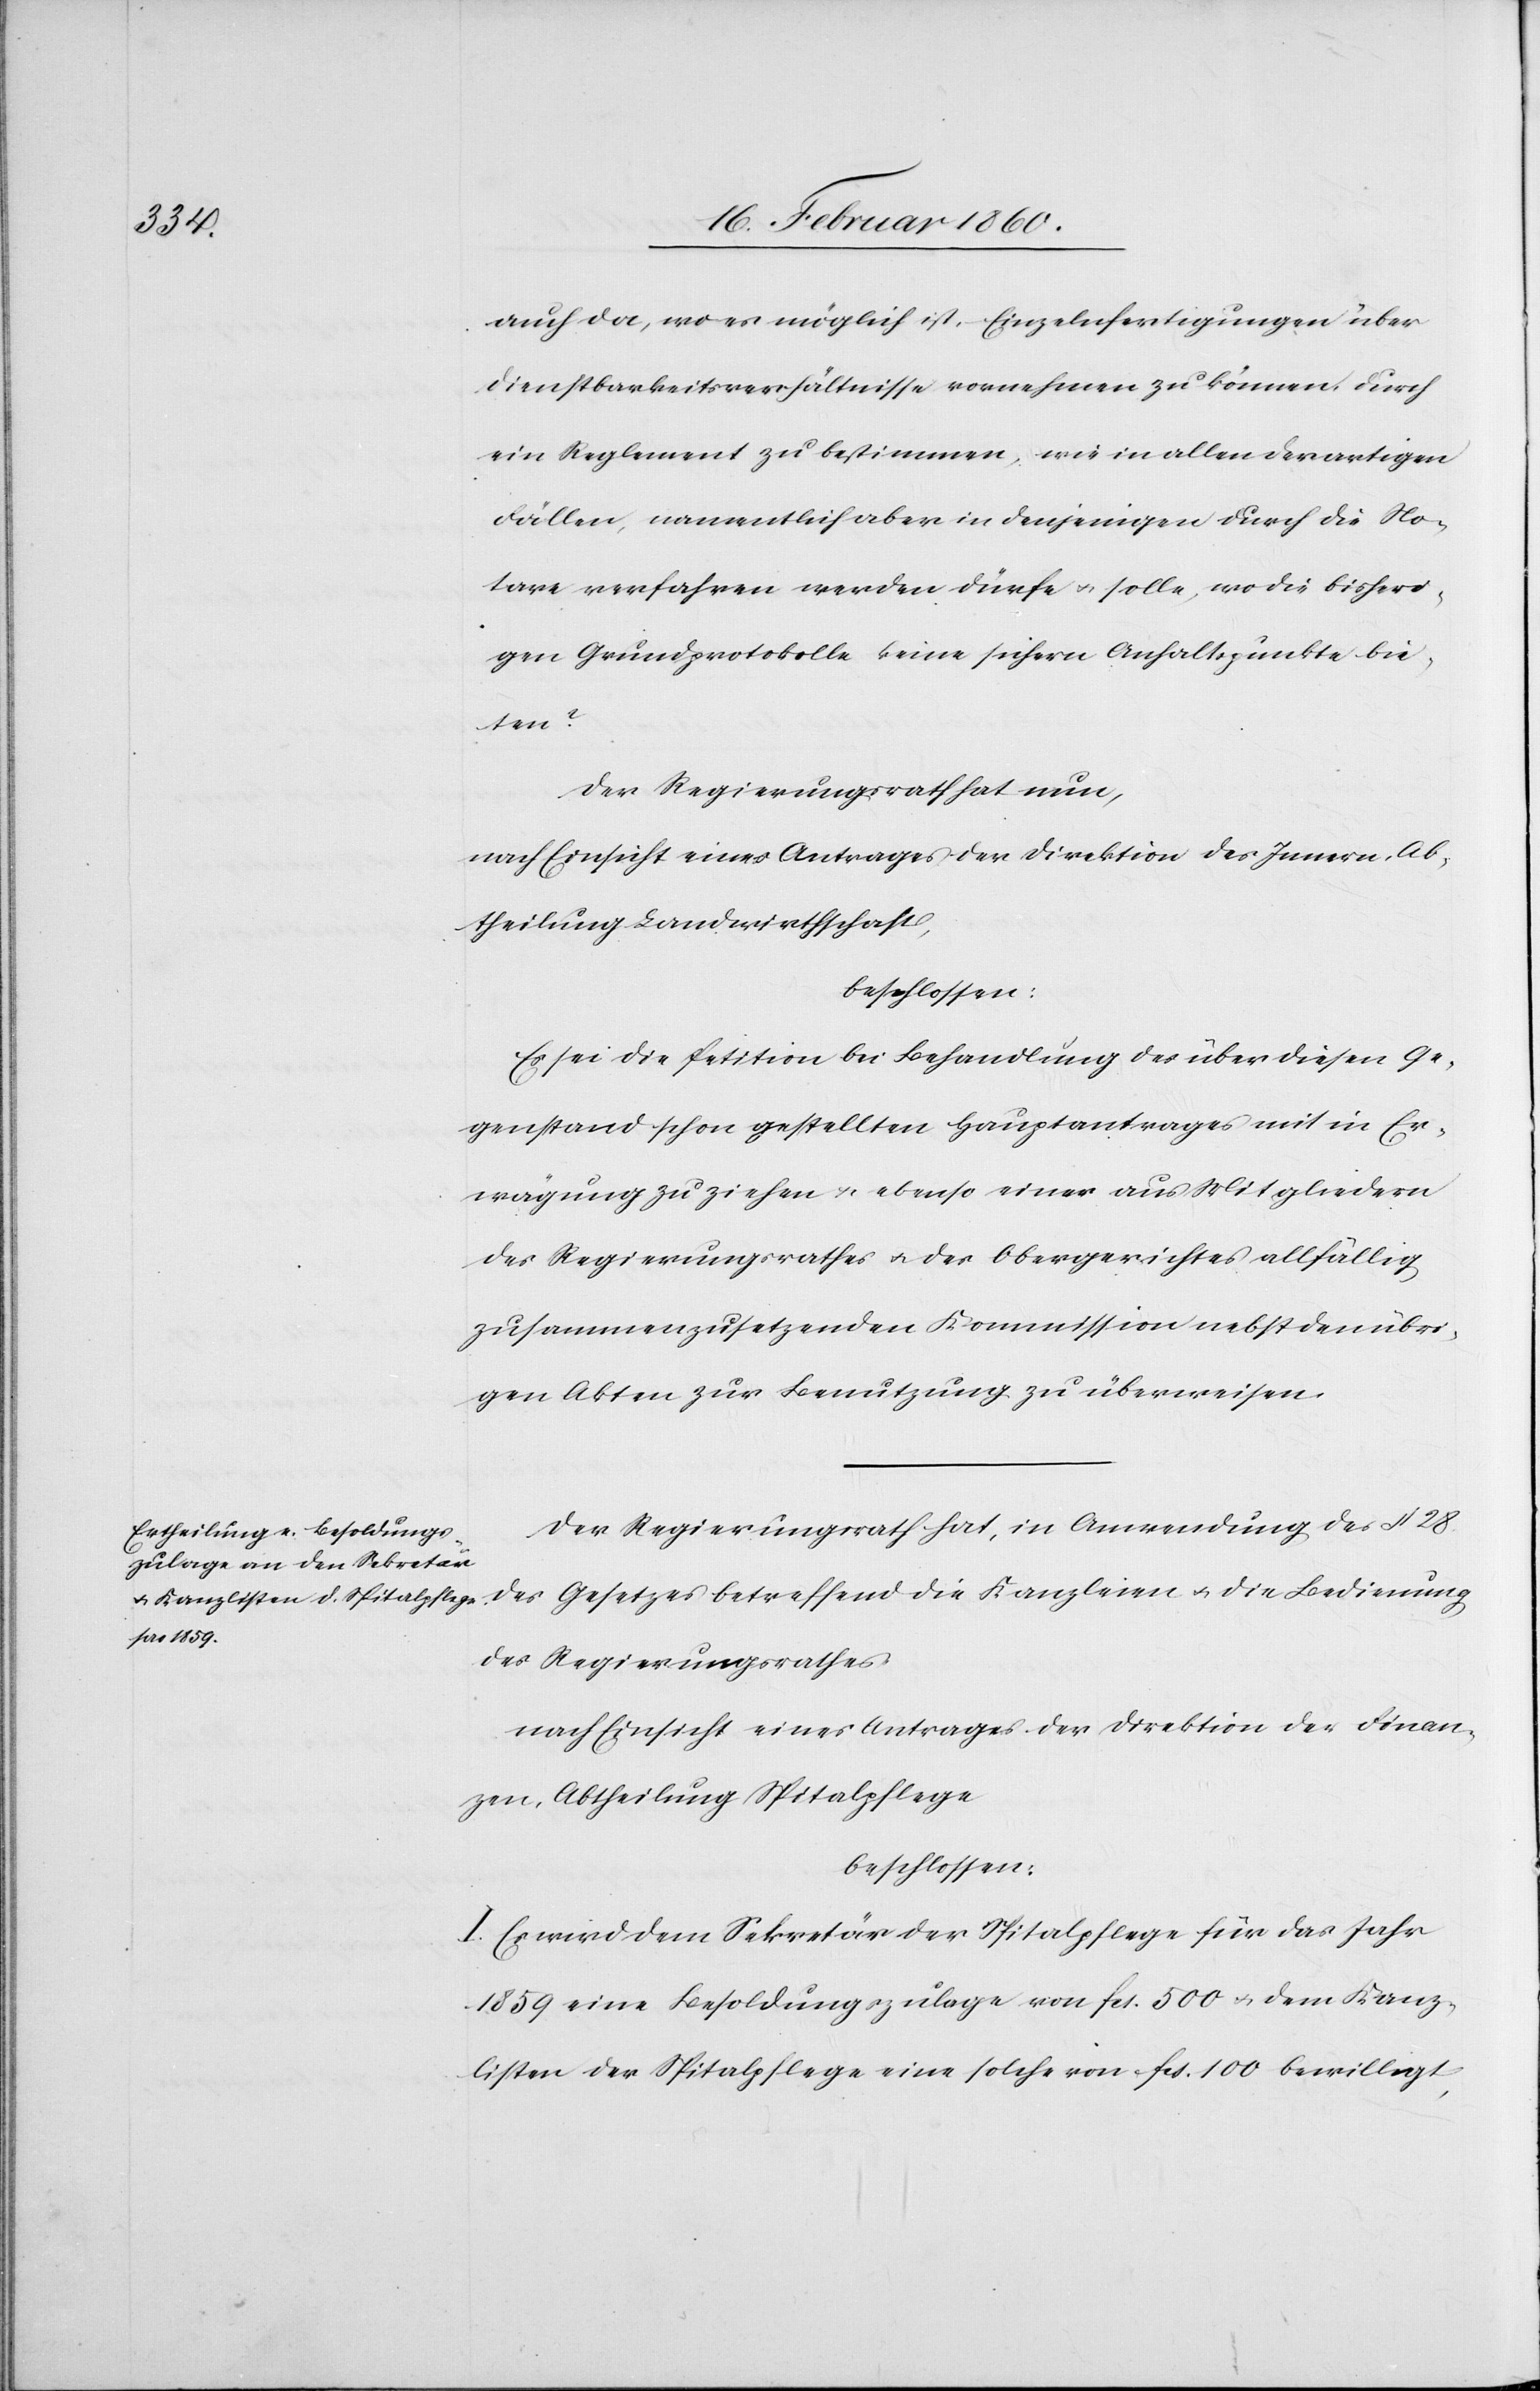
auch da, wo es möglich ist, Einzelanfertigungen über
Dienstbarkeitsverhältnisse vornehmen zu können, durch
ein Reglement zu bestimmen, wie in allen derartigen
Fällen, namentlich aber in denjenigen durch die No¬
tare verfahren werden dürfe u. solle, wo die bisheri¬
gen Grundprotokolle keine sichern Anhaltspunkte bie¬
ten?
Der Regierungsrath hat nun;
nach Einsicht eines Antrages der Direktion des Innern Ab¬
theilung Landwirthschaft,
beschlossen:
Es sei die Petition bei Behandlung des über diesen Ge¬
genstand schon gestellten Hauptantrages mit in Er¬
wägung zu ziehen u. ebenso einer aus Mitgliedern
des Regierungsrathes u. des Obergerichtes allfällig
zusammenzusetzenden Kommission nebst den übri¬
gen Akten zur Benutzung zu überweisen.
Der Regierungsrath hat, in Anwendung des §. 28.
des Gesetzes betreffend die Kanzleien u. die Bedienung
des Regierungsrathes
nach Einsicht eines Antrages der Direktion der Finan¬
zen, Abtheilung Spitalpflege
beschlossen:
I. Es wird dem Sekretär der Spitalpflege für das Jahr
1859 eine Besoldungszulage von fs. 500 u. dem Kanz¬
listen der Spitalpflege eine solche von fcs. 100 bewilligt,